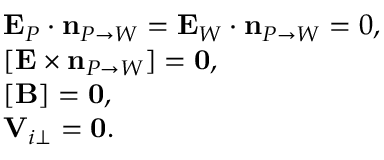
\begin{array} { r l } & { \mathbf E _ { P } \cdot \mathbf { n } _ { P \rightarrow W } = \mathbf E _ { W } \cdot \mathbf { n } _ { P \rightarrow W } = 0 , } \\ & { [ \mathbf E \times \mathbf { n } _ { P \rightarrow W } ] = \mathbf { 0 } , } \\ & { [ \mathbf B ] = \mathbf { 0 } , } \\ & { \mathbf V _ { i \perp } = \mathbf { 0 } . } \end{array}